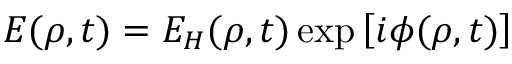
E ( \rho , t ) = E _ { H } ( \rho , t ) \exp \left[ i \phi ( \rho , t ) \right]